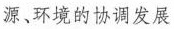
源、环境的协调发展